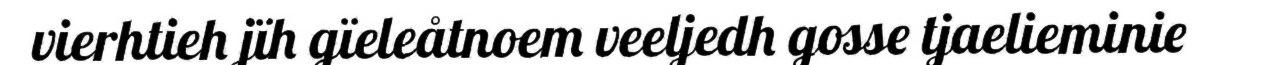
vierhtieh jïh gïeleåtnoem veeljedh gosse tjaelieminie